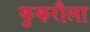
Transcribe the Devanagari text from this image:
कुकरौला